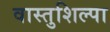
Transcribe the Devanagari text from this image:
वास्तुशिल्पा